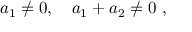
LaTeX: a _ { 1 } \neq 0 , \quad a _ { 1 } + a _ { 2 } \neq 0 \ ,